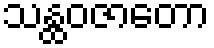
သန္ထဝဇာတော